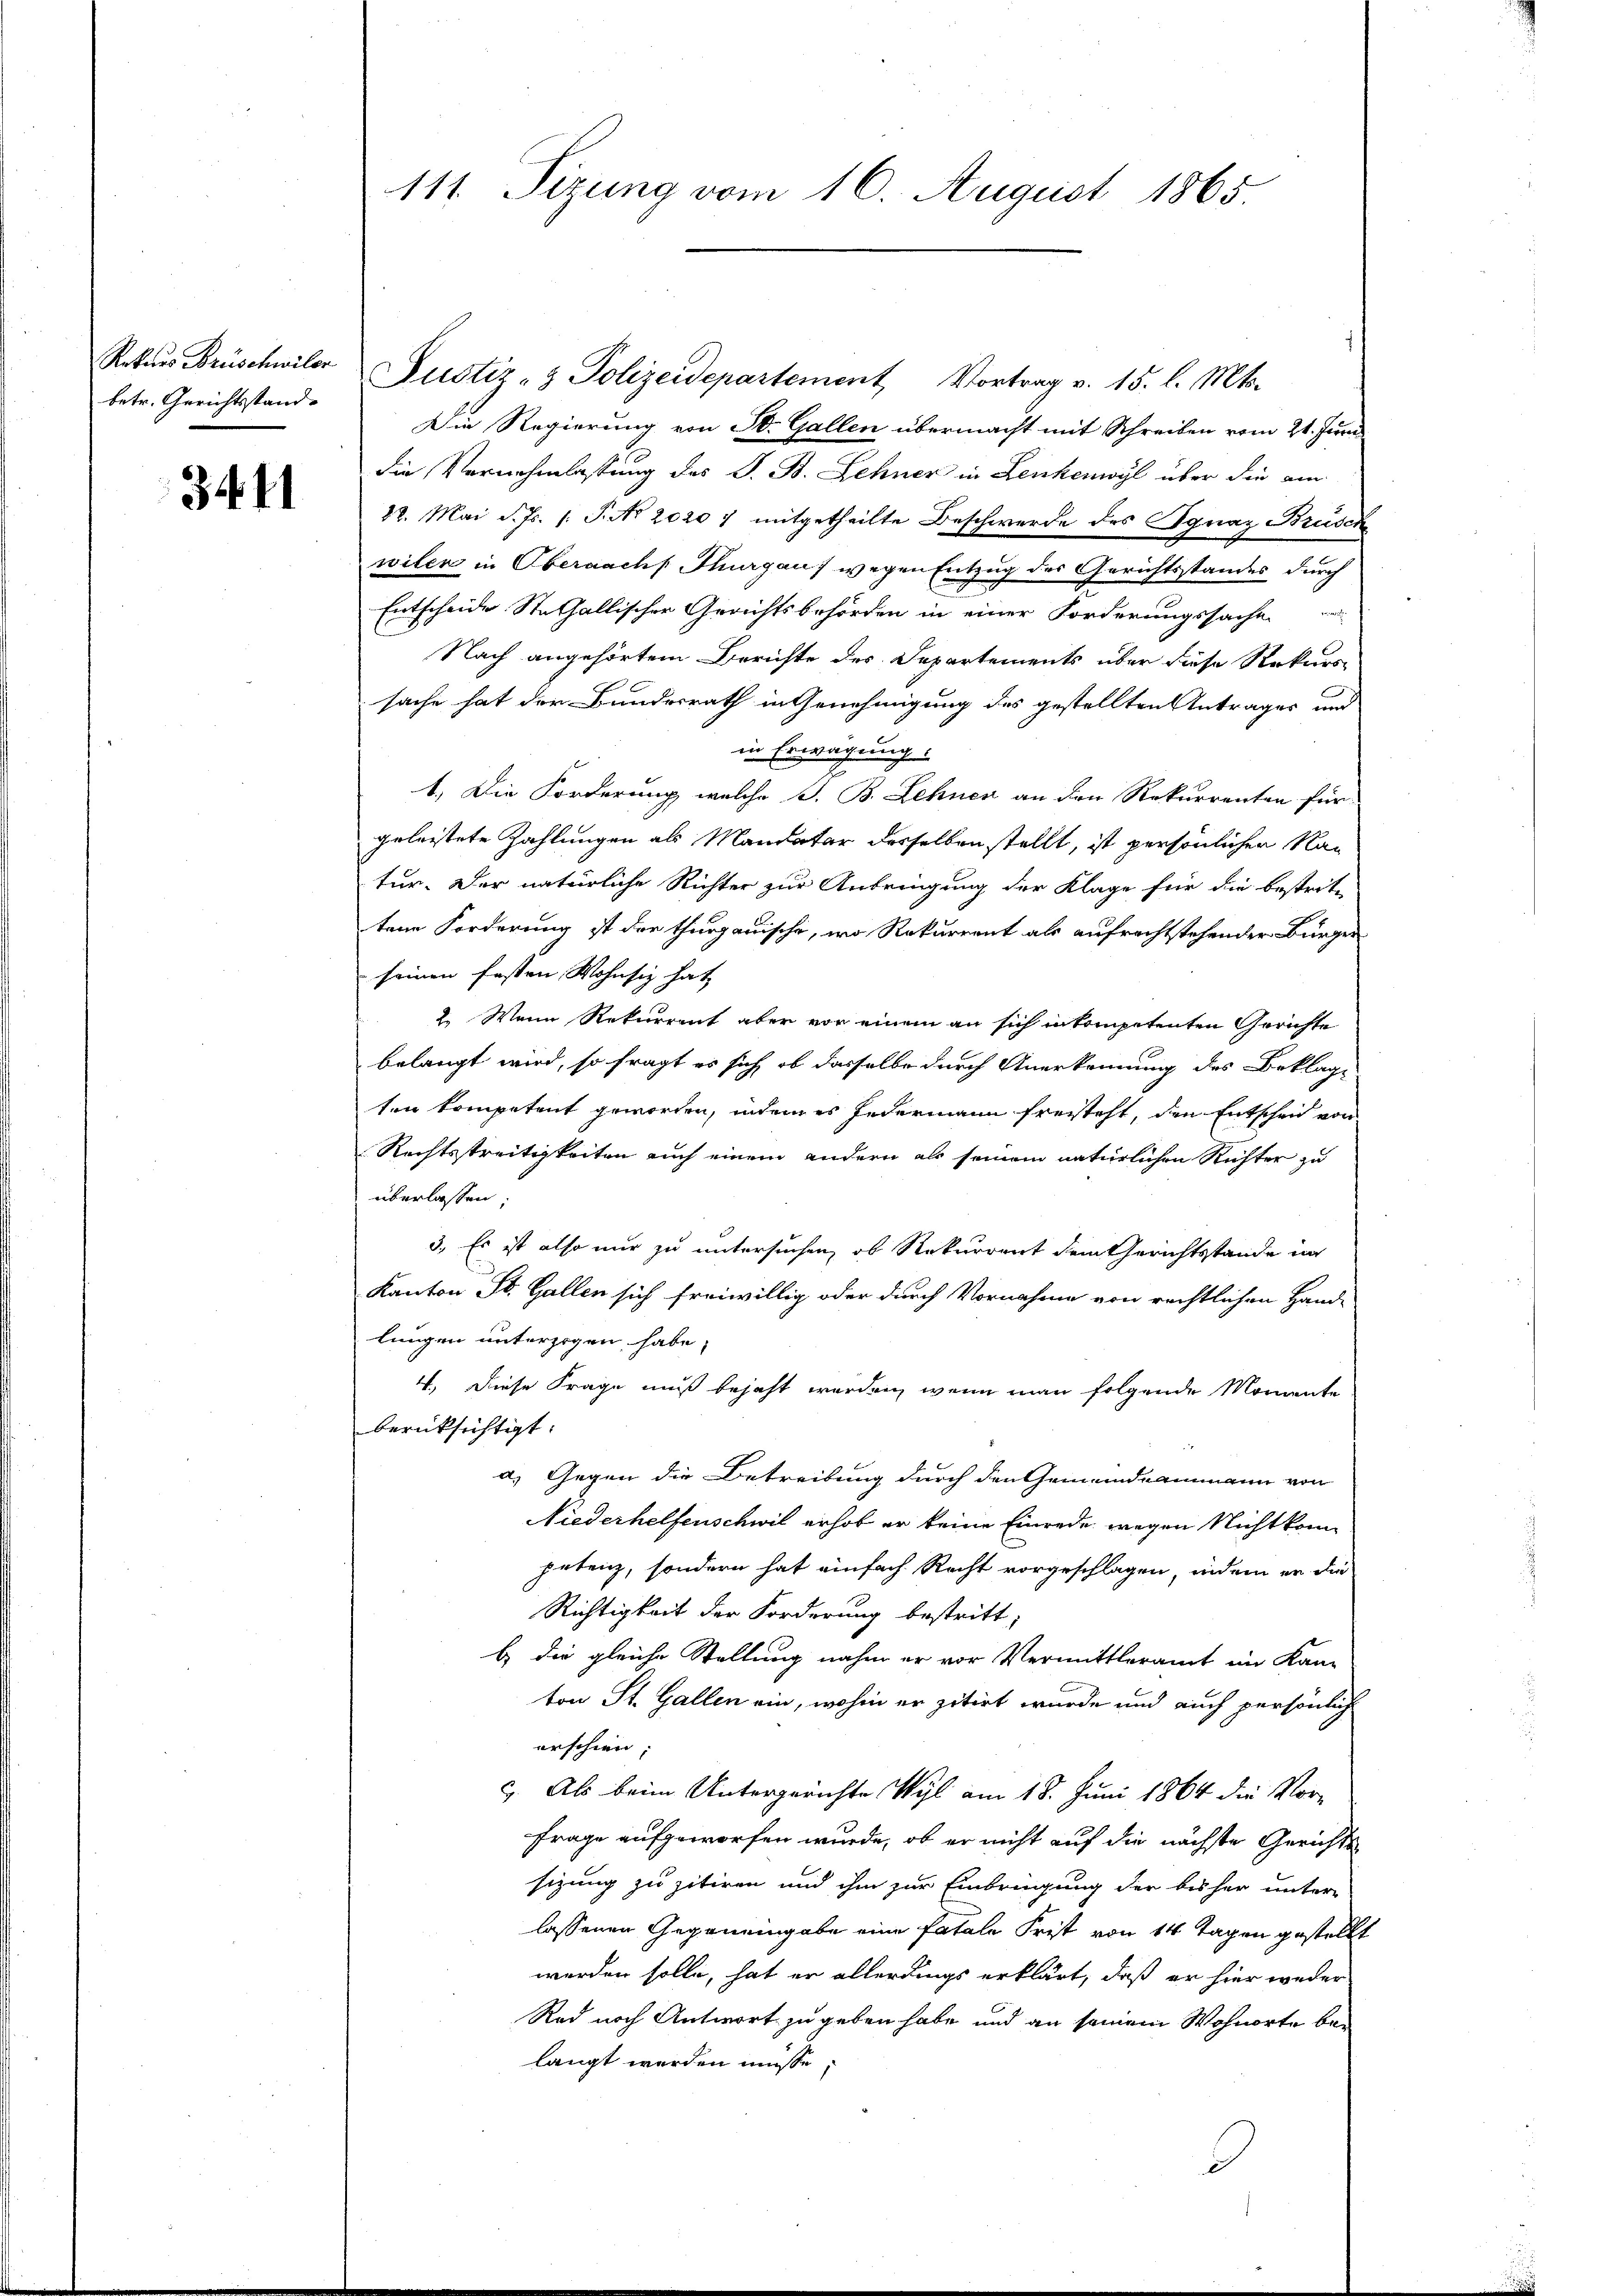
Rekurs Brüschwiler
betr. Gerichtsstand-

3411

111. Sizung vom 16. August 1865.

Justiz- & Polizeidepartement Vortrag v. 15. l. Mts.
Die Regierung von St. Gallen übermacht mit Schreiben vom 21. Juni
die Vernehmlassung des S. B. Sehner in Lenkenwyl über die am
22. Mai d. Js. s. S. No 20207 mitgetheilte Beschwerde des Ignaz Brusch
wiler in Obernachs Thurgau, wegen Entzug des Gerichtsstandes durch
Entscheide Stethallischer Gerichtsbehörden in einer Forderungssache
Nach angehörtem Berichte des Departements über diese Rekurs-
sache hat der Bundesrath in Genehmigung des gestellten Antrages und
in Erwägung.
1.) Die Forderung, welche J. B. Lehnen an den Rekurrenten für
geleistete Zahlungen als Mandatar desselben stellt, ist persönlichen Ratur. Der natürliche Richter zur Anbringung der Klage für die bestrit-
tene Forderung ist der thurgauische, wo Rekurrent als aufrechtstehender Bürger
 seinen fasten Wohnsiz hat
2. Wenn Rekurrent aber vor einem an sich in kompetenten Gerichte
belangt wird, so fragt es sich ob dasselbe durch Anerkennung des Beklage
ten kompetent geworden, indem es jedermann freisteht, den Entscheid von
Rechtsstreitigkeiten auch einem andern als seinem natürlichen Richter zu
überlassen:
3. Es ist also nur zu untersuchen, ob Rekurrent dem Gerichtsstande in
Kanton St. Gallen sich freiwillig oder durch Vornahme von rechtlichen Hand-
lungen unterzogen habe,
4. Diese Frage muß bejaht werden, wenn man folgende Momente
berücksichtigt.
a) Gegen die Betreibung durch den Gemeindeammann von
Niederhelfenschwil erhob er keine Einrede wegen Nicht konn
petenz, sondern hat einfach Recht vorgeschlagen, indem er die
Richtigkeit der Forderung bestritt;
b. die gleiche Stellung nahm er vor Vermittleramt im Kam
ton St. Gallen ein, wohin er zitirt wurde und auch persönlich
erschien;
c. Als beim Untergerichte Wyl am 18. Juni 1864 die Vor-
Frage aufgeworfen wurde, ob er nicht auf die nächste Gerichts
sizung zu zitiren und ihm zur Einbringung der bisher unter-
lassenen Gegeneingabe eine fatale Frist von 14 Tagen gestellt
werden solle, hat er allerdings erklärt, daß er hier weder
Red noch Antwort zu geben habe und an seinem Wohnorte belangt werden müsse,